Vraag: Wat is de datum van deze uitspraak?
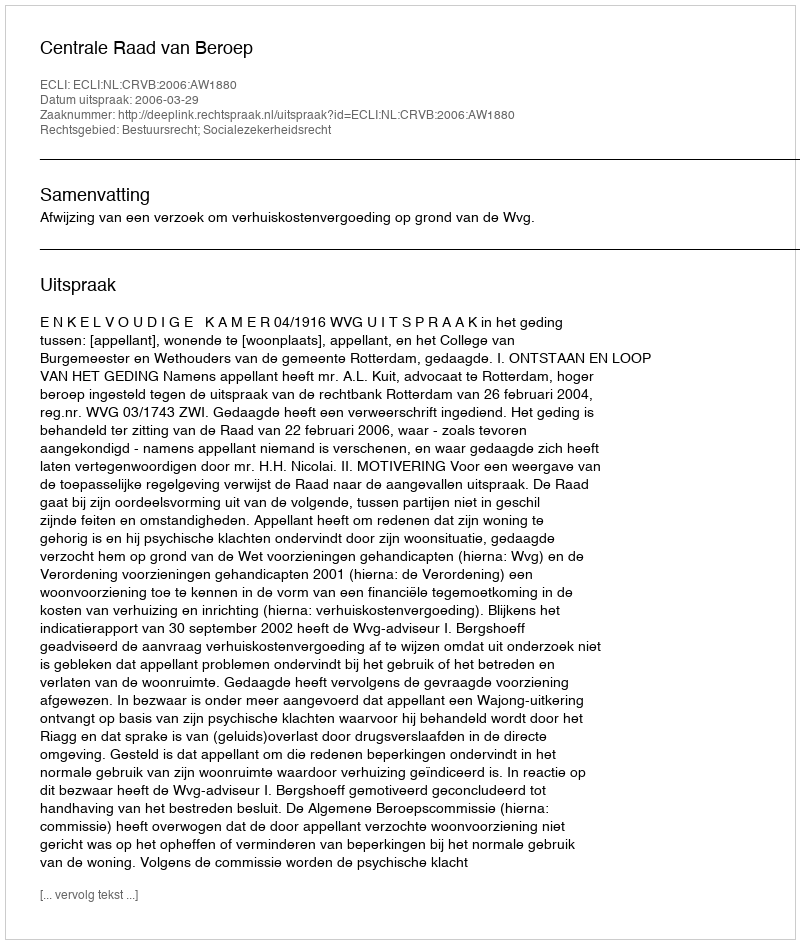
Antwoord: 2006-03-29